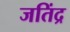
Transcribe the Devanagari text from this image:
जतिंद्र